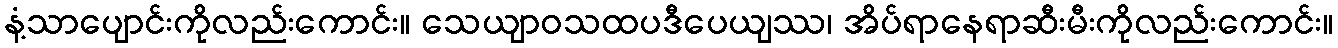
နံ့သာပျောင်းကိုလည်းကောင်း။ သေယျာဝသထပဒီပေယျဿ၊ အိပ်ရာနေရာဆီးမီးကိုလည်းကောင်း။